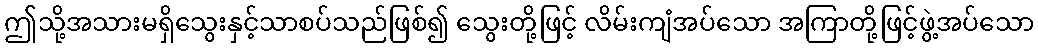
ဤသို့အသားမရှိသွေးနှင့်သာစပ်သည်ဖြစ်၍ သွေးတို့ဖြင့် လိမ်းကျံအပ်သော အကြာတို့ဖြင့်ဖွဲ့အပ်သော